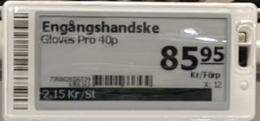
Vara: Engångshandske
Genomsnittspris: 2.15 per st